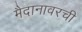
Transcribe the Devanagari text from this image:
मैदानावरची